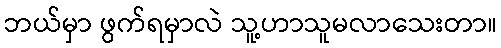
ဘယ်မှာ ဖွက်ရမှာလဲ သူ့ဟာသူမလာသေးတာ။